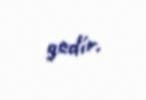
gedir.